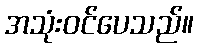
အသုံးဝင်ပေသည်။